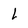
Character: l